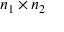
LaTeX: n _ { 1 } \times n _ { 2 }